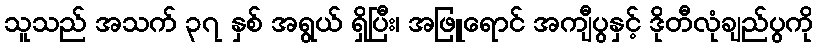
သူသည် အသက် ၃၇ နှစ် အရွယ် ရှိပြီး၊ အဖြူရောင် အကျီပွနှင့် ဒိုတီလုံချည်ပွကို